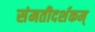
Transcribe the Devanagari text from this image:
संमतीदर्शकम्